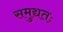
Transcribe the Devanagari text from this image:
समुद्यतः